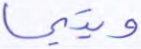
ويتيما